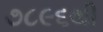
૭૮૯૬થી